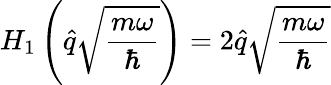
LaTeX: H_{1}\left(\hat{q}\sqrt{\frac{m\omega}{\hbar}}\right)=2\hat{q}\sqrt{\frac{m\omega}{\hbar}}